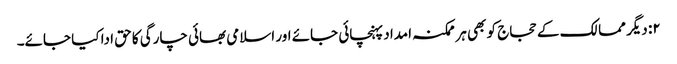
۲: دیگر ممالک کے حجاج کو بھی ہر ممکنہ امداد پہنچائی جائے اور اسلامی بھائی چارگی کا حق ادا کیا جائے۔